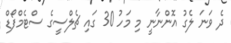
ދެ ވަނަ ލެގު އޮންނާނީ މި މަހު 30 ގައި ޗެލްސީގެ ސްޓެމްފޯޑް